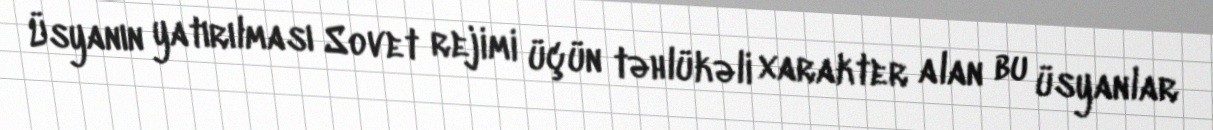
Üsyanın yatırılması Sovet rejimi üçün təhlükəli xarakter alan bu üsyanlar